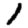
Digit: 1